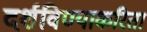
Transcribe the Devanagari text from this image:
दर्शविण्याकरिता